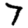
Digit: 7